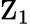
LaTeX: \mathrm{Z}_{1}